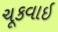
ચૂકવાઇ